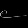
Digit: ၉